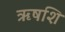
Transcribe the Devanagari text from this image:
ऋषशि